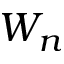
W _ { n }